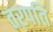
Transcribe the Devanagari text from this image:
तरपति